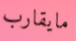
مايقارب